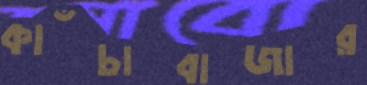
কাঁচাবাজার